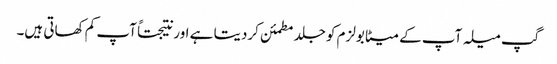
گپ میلہ آپ کے میٹابولزم کو جلد مطمئن کردیتا ہے اور نتیجتاً آپ کم کھاتی ہیں۔